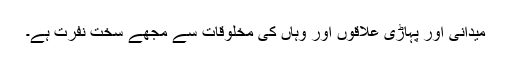
میدانی اور پہاڑی علاقوں اور وہاں کی مخلوقات سے مجھے سخت نفرت ہے۔